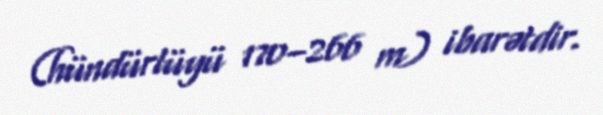
(hündürlüyü 170–266 m) ibarətdir.